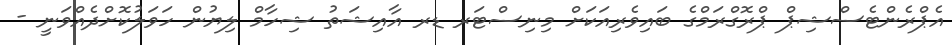
އެޕްރެންޓެސްޝިޕް ޕްރޮގްރަމްގެ ބައިވެރިއަކަށް މިނިސްޓަރ ޑރ އާއިޝަތު ޝިހާމް ލިޔުން ހަވަލުކޮށްދެއްވަނީ -